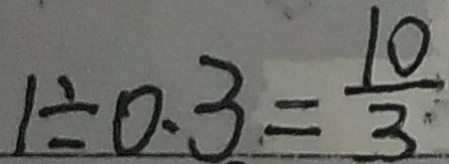
1 \div 0 . 3 = \frac { 1 0 } { 3 }